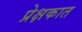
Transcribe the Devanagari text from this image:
प्रेक्षकात